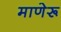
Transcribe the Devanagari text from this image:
माणेरू